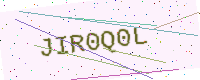
Text: JIR0Q0L